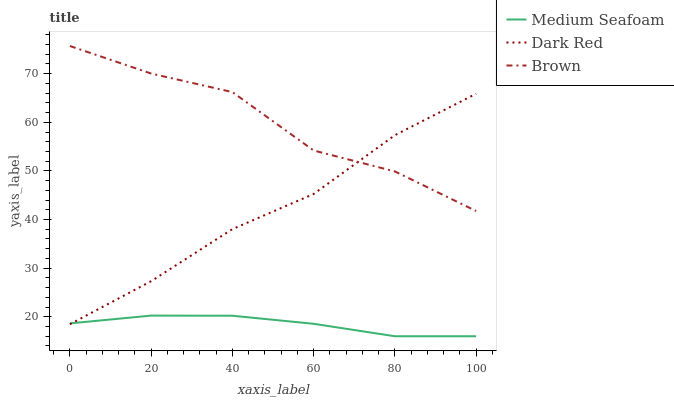
| xaxis_label | Medium Seafoam | Dark Red | Brown |
 | --- | --- | --- | --- |
 | 0 | 18.6 | 18.5 | 75.7 |
 | 20 | 20.2 | 27.3 | 70 |
 | 40 | 20.2 | 38 | 66.2 |
 | 60 | 18.6 | 45.3 | 54.2 |
 | 80 | 16 | 57.4 | 49.9 |
 | 100 | 16 | 65.9 | 41.8 |